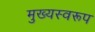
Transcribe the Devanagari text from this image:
मुख्यस्वरूप